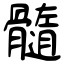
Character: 髓